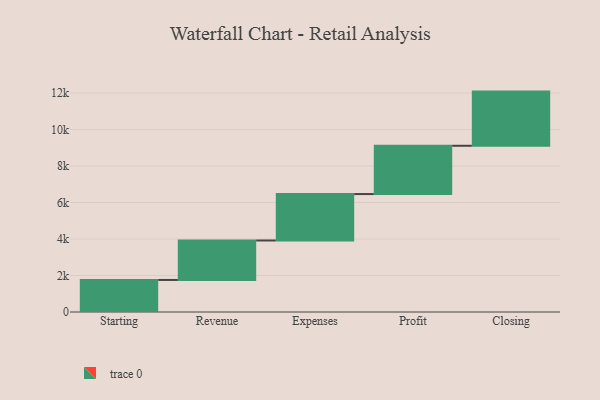
{"axis": {"x": "Step", "y": "Value"}, "legend": [""], "data": [{"x": "Starting", "y": 1756.0, "type": ""}, {"x": "Revenue", "y": 2164.0, "type": ""}, {"x": "Expenses", "y": 2544.0, "type": ""}, {"x": "Profit", "y": 2647.0, "type": ""}, {"x": "Closing", "y": 2969.0, "type": ""}]}